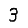
Digit: 3